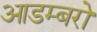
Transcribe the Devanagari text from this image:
आडम्बरो